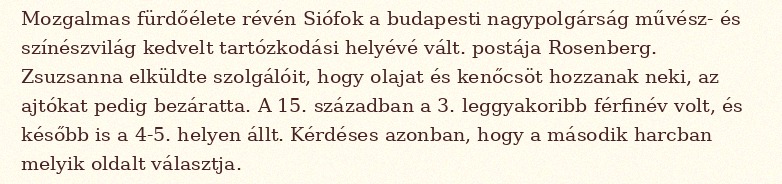
Mozgalmas fürdőélete révén Siófok a budapesti nagypolgárság művész- és színészvilág kedvelt tartózkodási helyévé vált. postája Rosenberg. Zsuzsanna elküldte szolgálóit, hogy olajat és kenőcsöt hozzanak neki, az ajtókat pedig bezáratta. A 15. században a 3. leggyakoribb férfinév volt, és később is a 4-5. helyen állt. Kérdéses azonban, hogy a második harcban melyik oldalt választja.